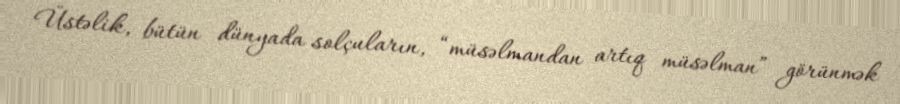
Üstəlik, bütün dünyada solçuların, “müsəlmandan artıq müsəlman” görünmək